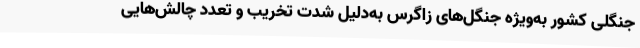
جنگلی کشور به‌ویژه جنگل‌های زاگرس به‌دلیل شدت تخریب و تعدد چالش‌هایی